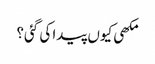
مکھی کیوں پیدا کی گئی؟